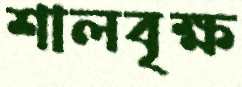
শালবৃক্ষ